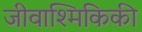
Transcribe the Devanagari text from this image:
जीवाश्मिकिकी